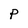
Character: P